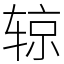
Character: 辌